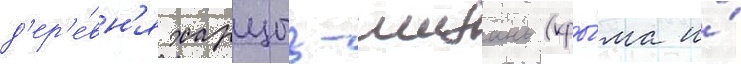
д'ер'е́вн'я харцыз-шибань (кры́ма и́